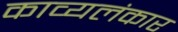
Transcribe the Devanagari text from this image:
काव्यलंकार